65_HS1-101634279_100-DE-26505
Agency: FBI
Incident date: 11/7/57
Incident location: Germany
Page 14
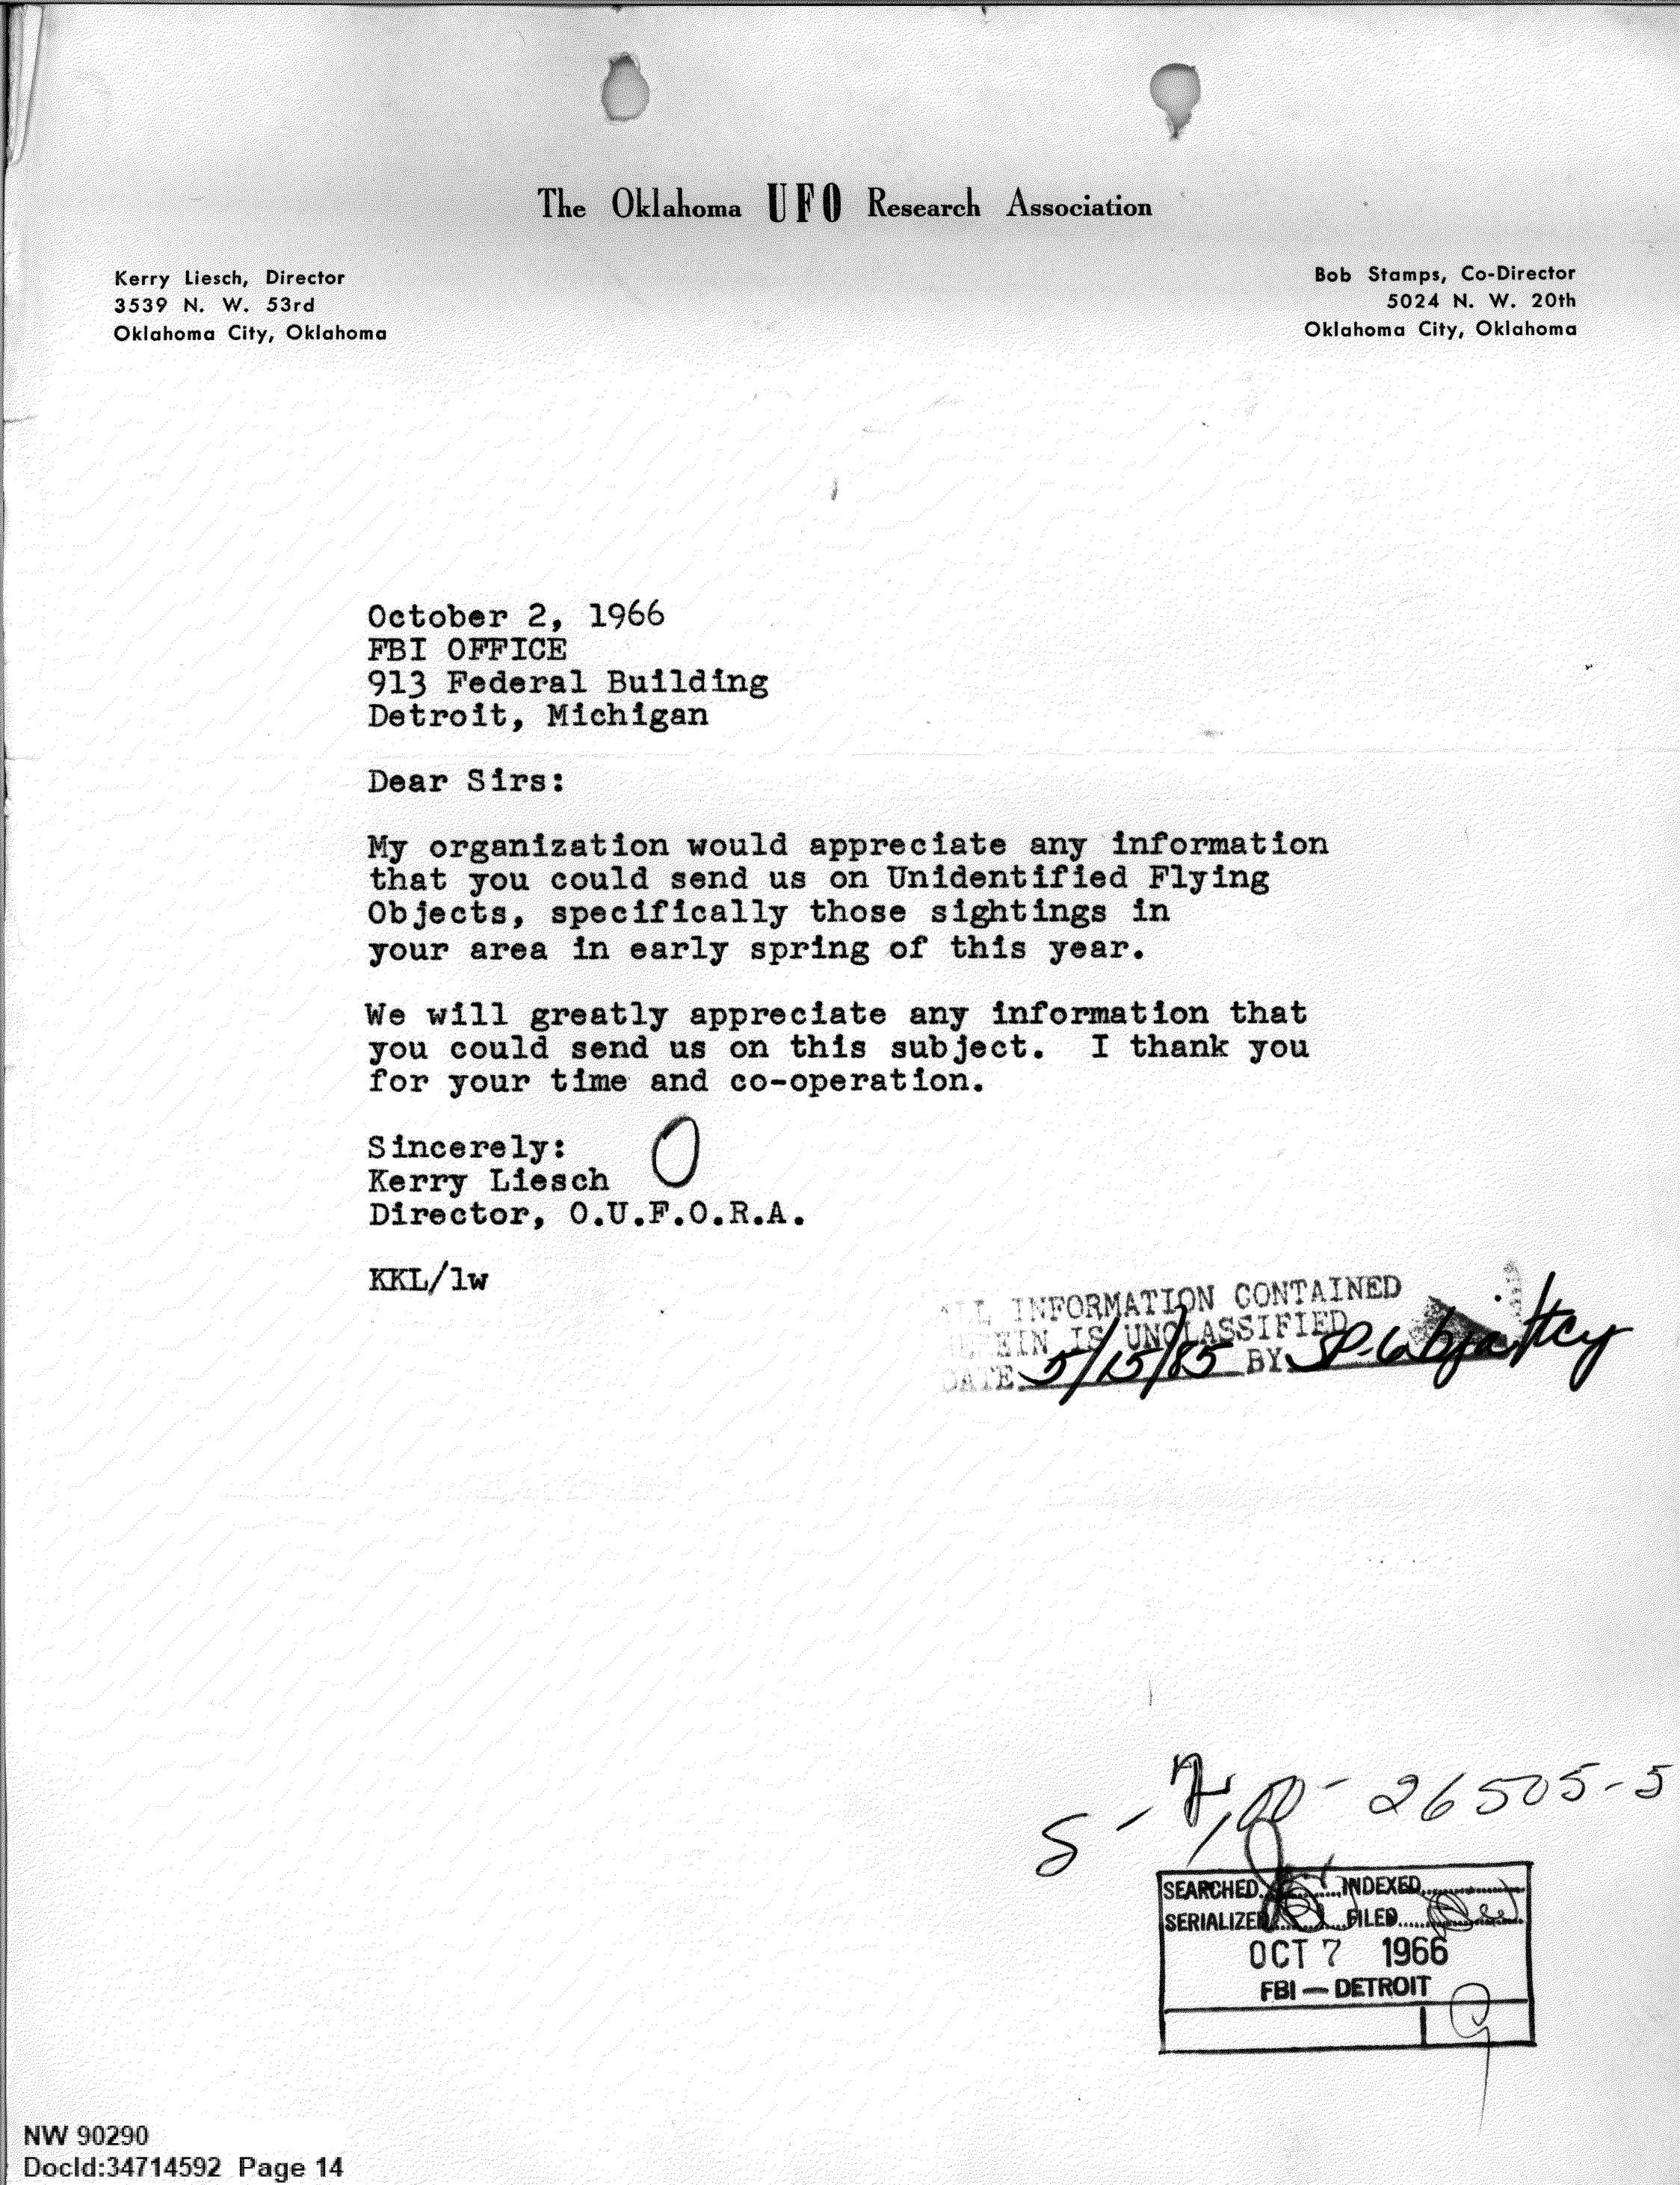